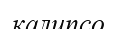
калипсо